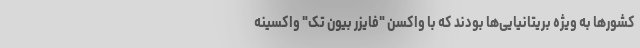
کشورها به ویژه بریتانیایی‌ها بودند که با واکسن "فایزر بیون تک" واکسینه